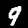
Digit: 9